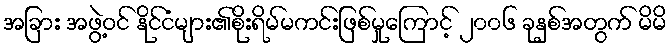
အခြား အဖွဲ့ဝင် နိုင်ငံများ၏စိုးရိမ်မကင်းဖြစ်မှုကြောင့် ၂၀၀၆ ခုနှစ်အတွက် မိမိ